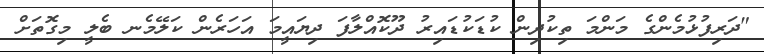
"ދަރިފުޅުމެންގެ މަންމަ ތިކުދިން ކުޑަކުޑައިރު ދޫކޮއްލާފަ ދިޔައީމަ އަހަރެން ކަލޭމެނ ބެލީ މިގޮތަށް